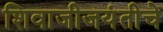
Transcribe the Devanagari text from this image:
शिवाजीजयंतीचे